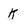
Character: k